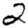
Digit: 2